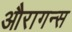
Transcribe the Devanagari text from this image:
औरागन्स